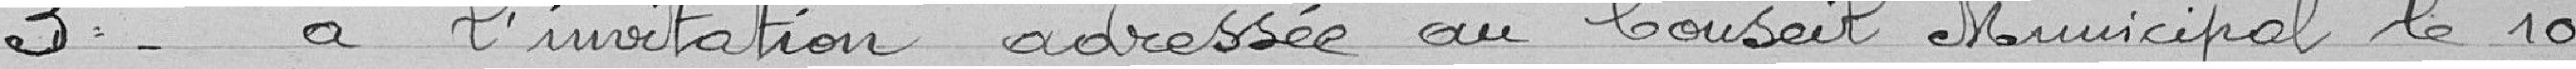
3° à l'invitation adressée au Conseil Municipal le 10